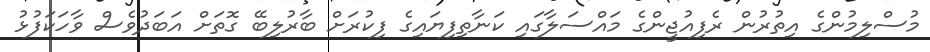
މުސްލިމުންގެ އިތުރުން ރެފިއުޖީންގެ މައްސަލާގައި ކަނާތިފިޔައިގެ ފިކުރަށް ބާރުލިބޭ ގޮތަށް އަބަދުވެސް ވާހަކަފުޅު